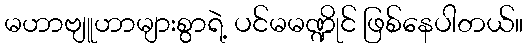
မဟာဗျူဟာများစွာရဲ့ ပင်မမဏ္ဍိုင် ဖြစ်နေပါတယ်။